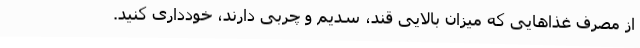
از مصرف غذاهایی که میزان بالایی قند، سدیم و چربی دارند، خودداری کنید.